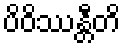
ပိဝိဿန္တီတိ